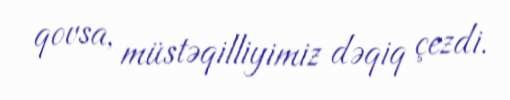
qovsa, müstəqilliyimiz dəqiq çezdi.